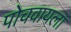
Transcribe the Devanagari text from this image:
पोचवायला